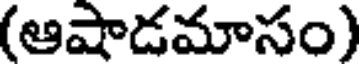
(ఆషాడమాసం)